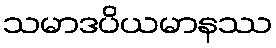
သမာဒပိယမာနဿ